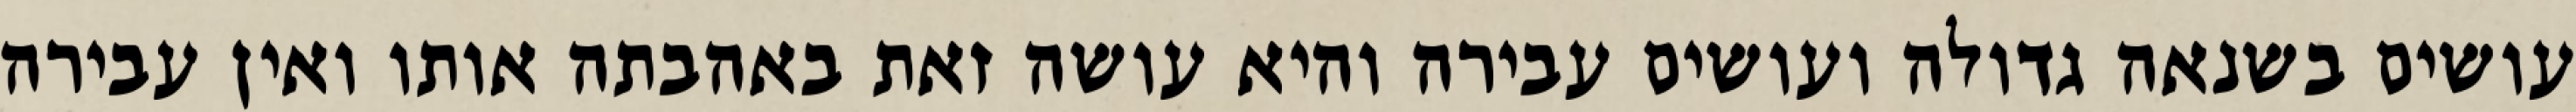
עושים בשנאה גדולה ועושים עבירה והיא עושה זאת באהבתה אותו ואין עבירה